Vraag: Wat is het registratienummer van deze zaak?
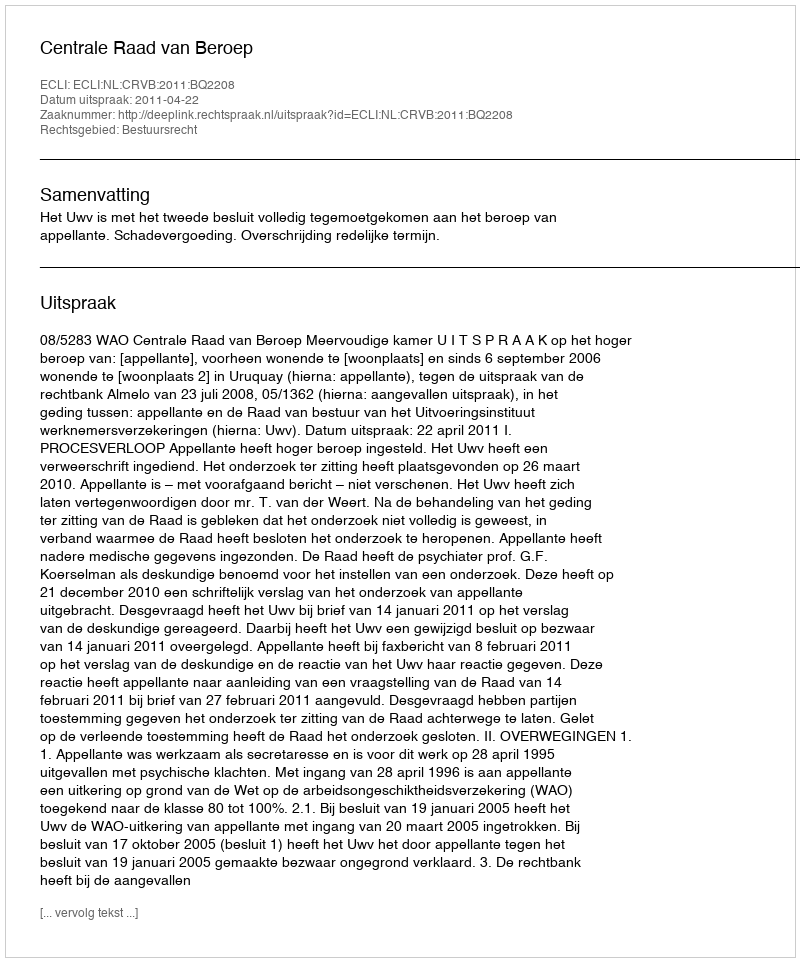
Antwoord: http://deeplink.rechtspraak.nl/uitspraak?id=ECLI:NL:CRVB:2011:BQ2208